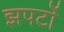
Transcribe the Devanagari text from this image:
झपटों